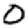
Digit: 0